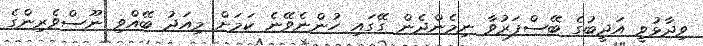
ވިދާޅުވީ އަދީބުގެ ބޭސްފަރުވާ ނިމެންދެން ގޭގައި ހުންނެވޭނެ ކަމަށް މިއަދު ބޭއްވި ނޫސްވެރިންގެ